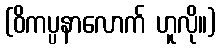
(ဝိကပ္ပနာလောက် ဟူလို။)